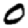
Digit: 0